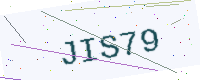
Text: JIS79